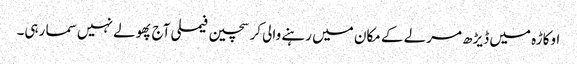
اوکاڑہ میں ڈیڑھ مرلے کے مکان میں رہنے والی کرسچین فیملی آج پھولے نہیں سما رہی۔